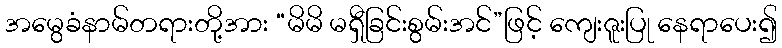
အမွေခံနာမ်တရားတို့အား “မိမိ မရှီခြင်းစွမ်းအင်”ဖြင့် ကျေးဇူးပြု နေရာပေး၍